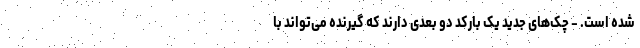
شده است. - چک‌های جدید یک بارکد دو بعدی دارند که گیرنده می‌تواند با